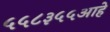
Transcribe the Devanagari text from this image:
५५८३५५आहे